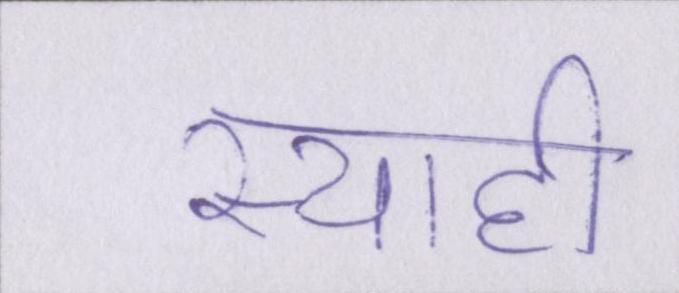
स्याही